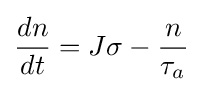
{dn \over dt}=J\sigma -{n \over \tau _{a}}